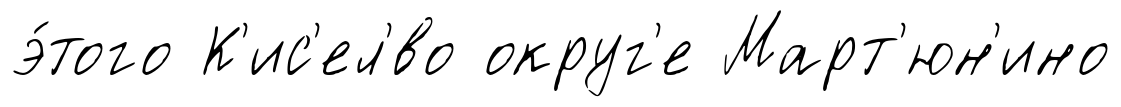
э́того К'ис'ел'́во округ'е Март'юн'ино